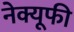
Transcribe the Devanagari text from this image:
नेक्यूफी